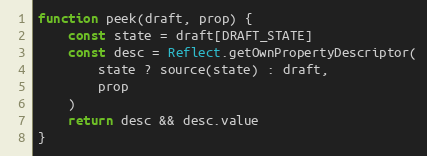
Language: JavaScript
function peek(draft, prop) {
    const state = draft[DRAFT_STATE]
    const desc = Reflect.getOwnPropertyDescriptor(
        state ? source(state) : draft,
        prop
    )
    return desc && desc.value
}